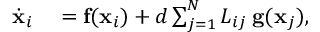
\begin{array} { r l } { \dot { \mathbf { x } } _ { i } } & { { } = \mathbf { f } ( \mathbf { x } _ { i } ) + d \sum _ { j = 1 } ^ { N } { \cal L } _ { i j } \: \mathbf { g } ( \mathbf { x } _ { j } ) , } \end{array}